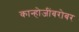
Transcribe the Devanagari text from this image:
कान्होजींबरोबर